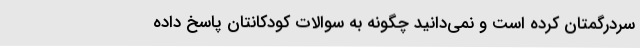
سردرگمتان کرده است و نمی‌دانید چگونه به سوالات کودکانتان پاسخ داده